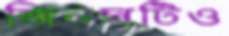
জিনসটিও